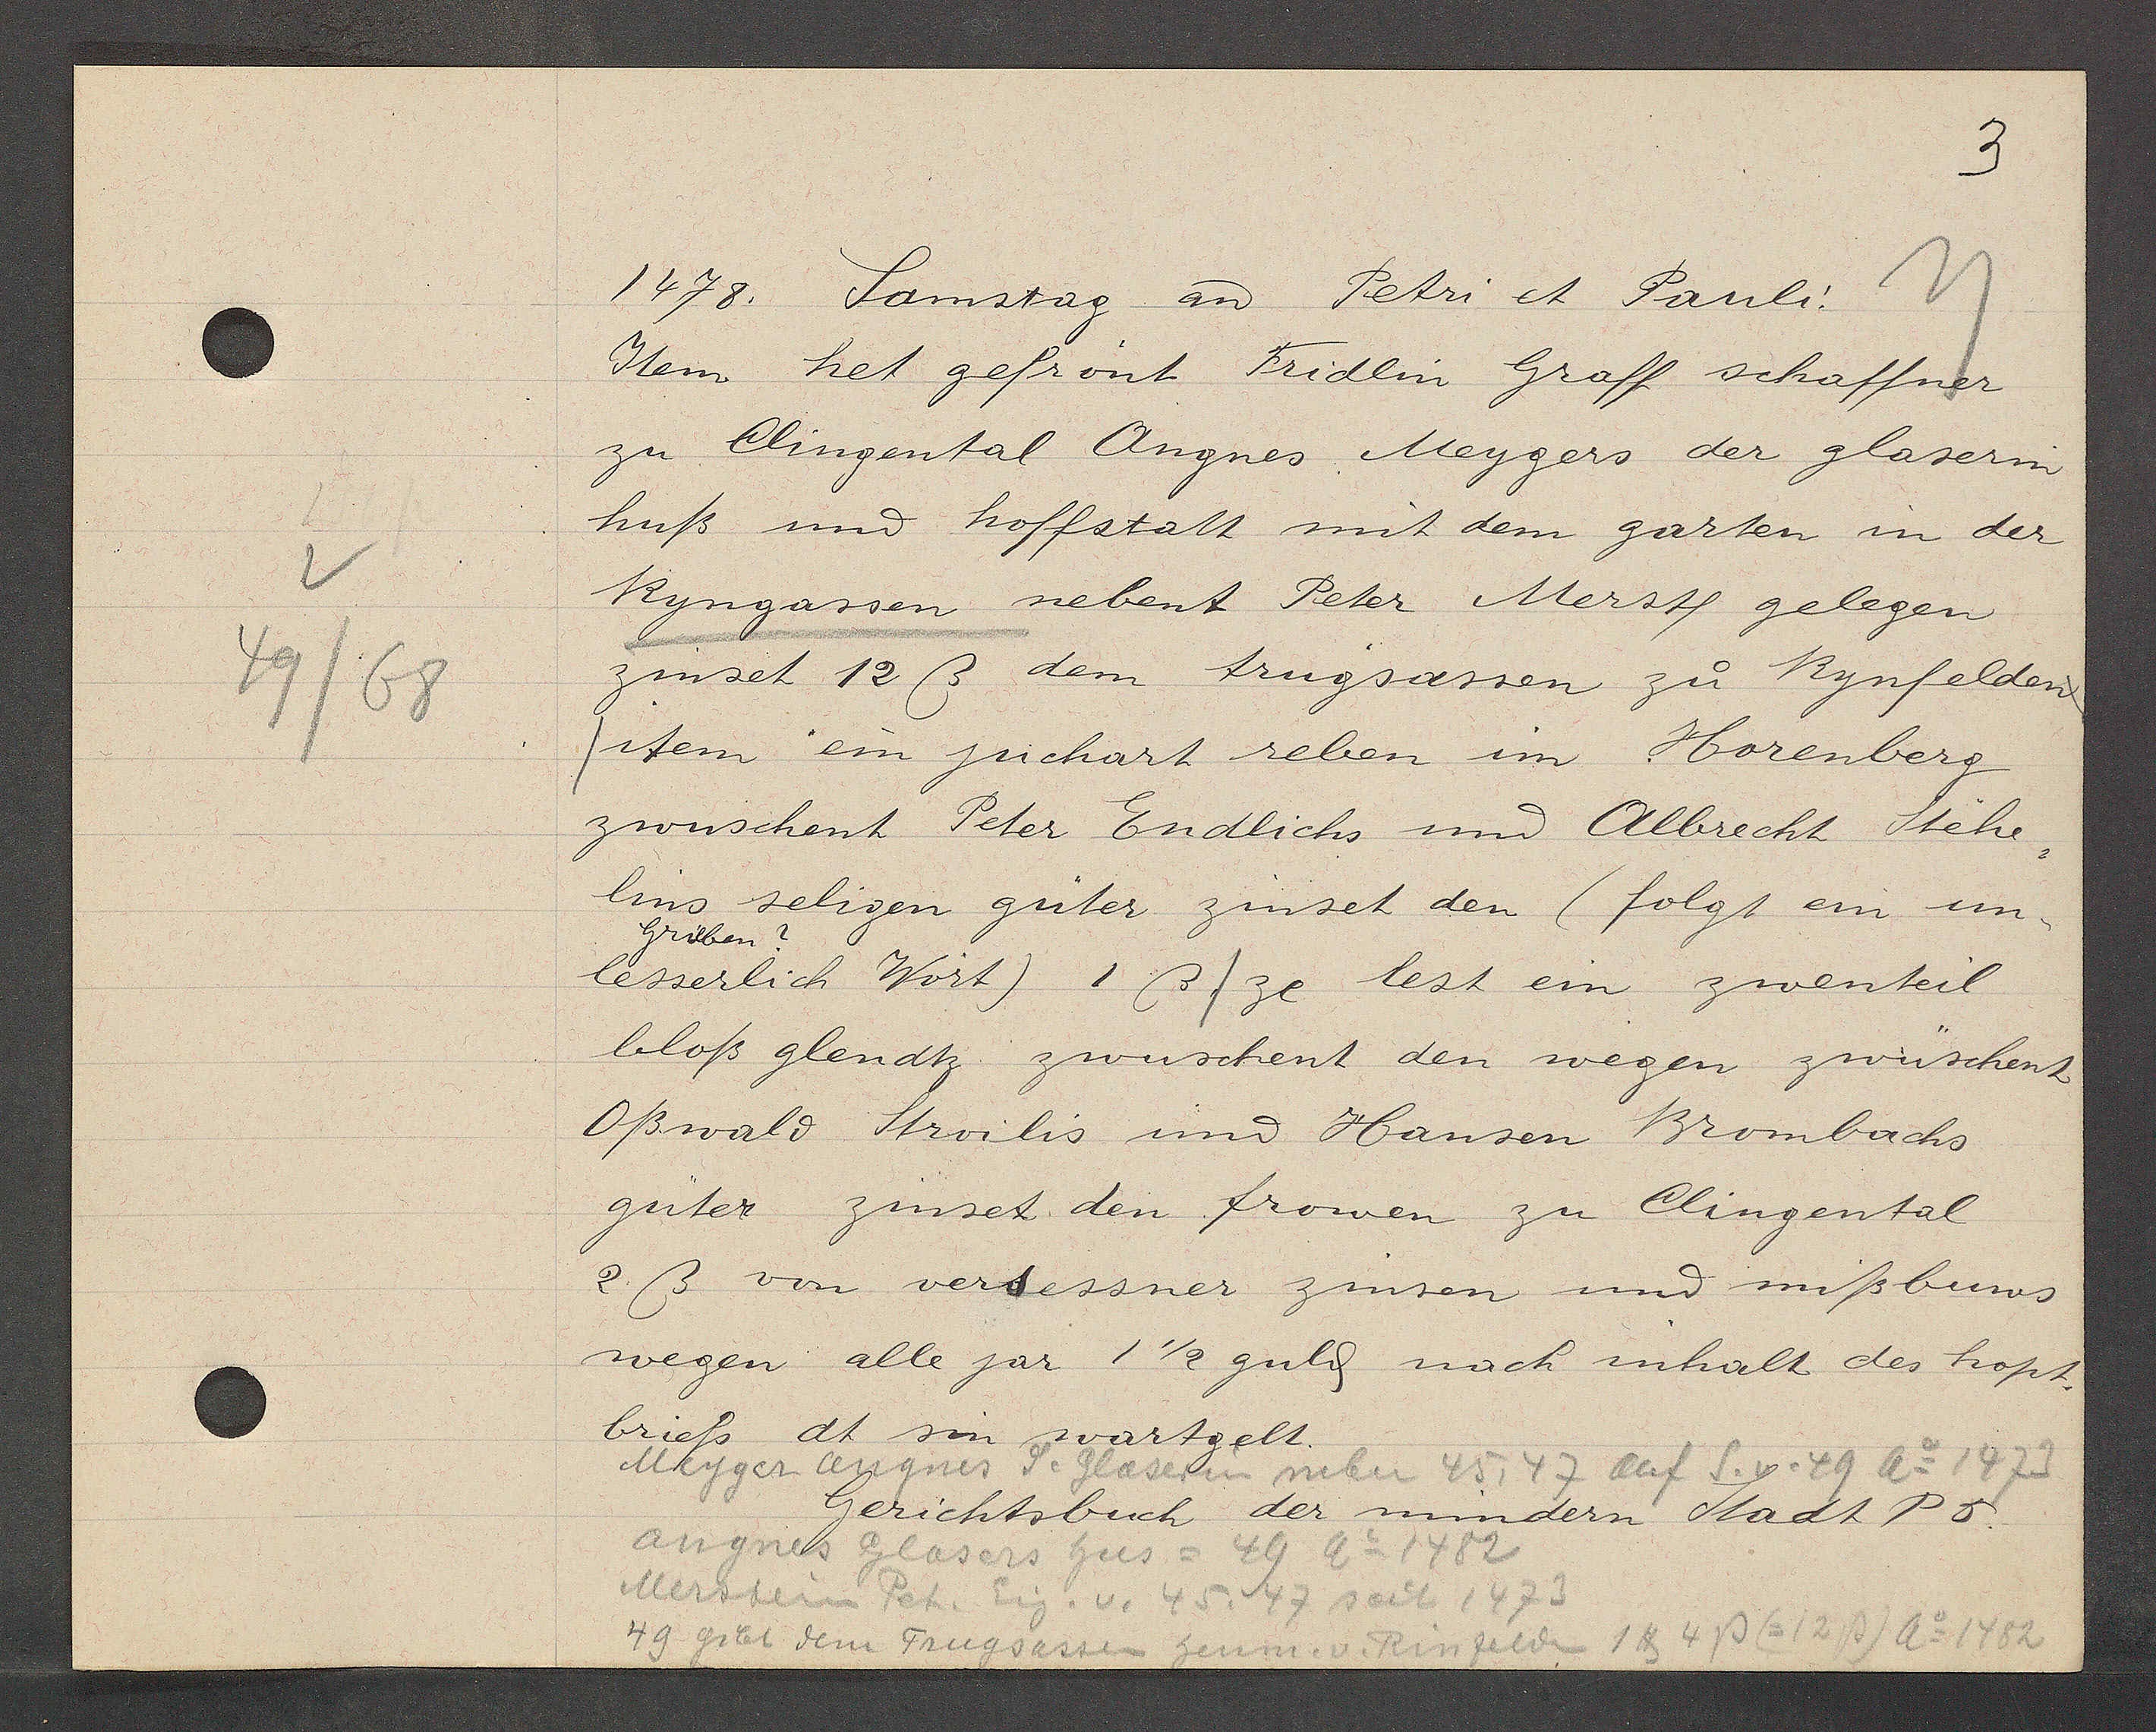
Transcript:
49/68

1478. Samstag aȵ Petri et Pauli.

Item het gefrönt Fridlin Graff schaffner
zu Clingental Angnes Meygers der glaserin
huß und hoffstatt mit dem garten in der
Ryngassen nebent Peter Merste gelegen
zinset 12 ß dem trugsassen zu Rynfelden
item ein juchart reben im Horenberg
zwüschent Peter Endlichs und Albrecht stehe
lins seligen güter zinset den (folgt ein un¬
Grilben?
lesserlich Wort) 1ß/ ze lest ein zwenteil
bloß glendtz zwuschent den wegen zwüschent
Oßwald Stroilis und Hansen Brombachs
güter zinset den frowen zu Clingental
2 ß von versessner zinsen und mißbuws
wegen alle jar 1 1/2 guld näch inhalt des hopt.
briefs dt sin wartgelt.

Meyger angnes de Glaserin nebn 45, 47 auf S.v. 49 Ao 1473

Gerichtsbuch der mindern Stadt P5.

angnes Glasers hus= 49 Ao 1482
Merstein Pet. Eig. v. 45, 47 seit 1473
49 gibt dem Trugsassen henm. v. Rinfelden 1℔ 4P (=12P) Ao 1482